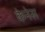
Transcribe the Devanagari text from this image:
केनेस